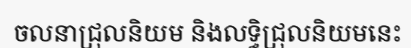
ចលនាជ្រុលនិយម និងលទ្ធិជ្រុលនិយមនេះ